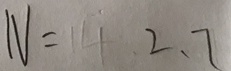
N = 1 4 2 . 7